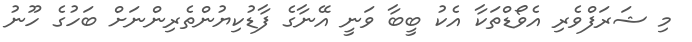
މި ޝަރަފްވެރި އެވޯޑްތަކާ އެކު ބީބާ ވަނީ އޭނާގެ ފާޑުކިޔުންތެރިންނަށް ބަހުގެ ހޫނު